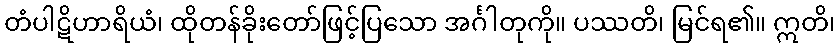
တံပါဋိဟာရိယံ၊ ထိုတန်ခိုးတော်ဖြင့်ပြသော အင်္ဂါတုကို။ ပဿတိ၊ မြင်ရ၏။ ဣတိ၊